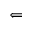
\Leftarrow